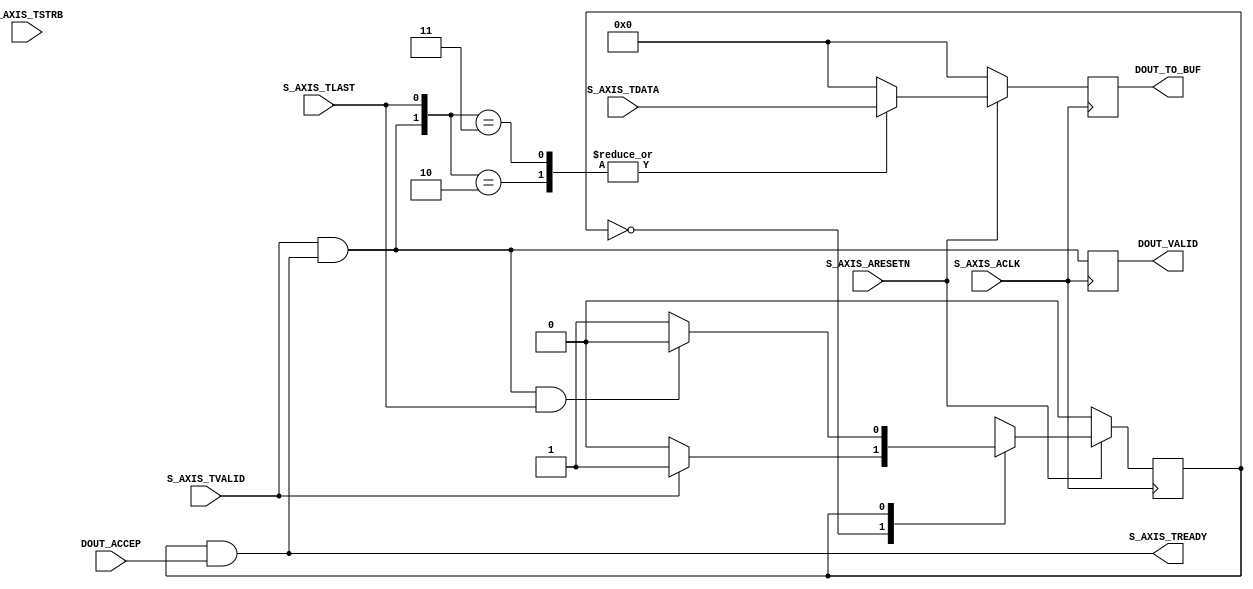
`timescale 1 ns / 1 ps
	module axis_bram_adapter_v1_0_S00_AXIS #
	(
		parameter integer C_S_AXIS_TDATA_WIDTH	= 32
	)
	(
		input wire  S_AXIS_ACLK,
		input wire  S_AXIS_ARESETN,
		output wire  S_AXIS_TREADY,
		input wire [C_S_AXIS_TDATA_WIDTH-1 : 0] S_AXIS_TDATA,
		// Byte qualifier
		input wire [(C_S_AXIS_TDATA_WIDTH/8)-1 : 0] S_AXIS_TSTRB,
		input wire  S_AXIS_TLAST,
		input wire  S_AXIS_TVALID,

        //customer IO
        output wire [C_S_AXIS_TDATA_WIDTH-1: 0] DOUT_TO_BUF,
        output wire DOUT_VALID,
        input wire DOUT_ACCEP
	);
	// Define the states of state machine
	// The control state machine oversees the writing of input streaming data to the FIFO,
	// and outputs the streaming data from the FIFO
	parameter [1:0] IDLE = 1'b0,        // This is the initial/idle state 

	                WRITE_FIFO  = 1'b1; // In this state FIFO is written with the
	                                    // input stream data S_AXIS_TDATA 
	wire axis_tready;
	// State variable
	reg mst_exec_state;  

	//reg write_done;

    reg [C_S_AXIS_TDATA_WIDTH-1: 0] dout;
    wire w_en;
    reg w_en_delay;

    assign DOUT_TO_BUF = dout;
    assign DOUT_VALID = w_en_delay;
    
	assign S_AXIS_TREADY = axis_tready;

	// Control state machine implementation
	always@(posedge S_AXIS_ACLK) 
	begin  
	  if (!S_AXIS_ARESETN) 
	    begin
	      mst_exec_state <= IDLE;
	    end  
	  else
	    case (mst_exec_state)
	      IDLE: 
	        // The sink starts accepting tdata when 
	        // there tvalid is asserted to mark the
	        // presence of valid streaming data 
	          if (S_AXIS_TVALID)
	            begin
	              mst_exec_state <= WRITE_FIFO;
	            end
	          else
	            begin
	              mst_exec_state <= IDLE;
	            end
	      WRITE_FIFO: 
	        // When the sink has accepted all the streaming input data,
	        // the interface swiches functionality to a streaming master
	        if (w_en && S_AXIS_TLAST)
	          begin
	            mst_exec_state <= IDLE;
	          end
	        else
	          begin
	            // The sink accepts and stores tdata 
	            // into FIFO
	            mst_exec_state <= WRITE_FIFO;
	          end

	    endcase
	end

	// AXI Streaming Sink 
	assign axis_tready = ((mst_exec_state == WRITE_FIFO) && DOUT_ACCEP);
	assign w_en = S_AXIS_TVALID && axis_tready;

    always@(posedge S_AXIS_ACLK)
    begin
        w_en_delay <= w_en;
    end

	always@(posedge S_AXIS_ACLK)
	begin
	  if(!S_AXIS_ARESETN)
	    begin
	      //write_done <= 1'b0;
          dout <= 0;
	    end  
	  else
        begin
           // case(w_en)
           //     1'b0:begin
           //         dout <= 0;
           //         write_done <= 1'b0;
           //     end
           //     1'b1:begin
           //         dout <= S_AXIS_TDATA;
           //         write_done <= 1'b0;
           //     end
           // endcase
            case({w_en, S_AXIS_TLAST})
                2'b10:begin
                    dout <= S_AXIS_TDATA;
                   // write_done <= 1'b0;
                end
                2'b11:begin
                    dout <= S_AXIS_TDATA;
                    //write_done <= 1'b1;
                end
                default:begin
                    dout <= 0;
                    //write_done <= 1'b0;
                end
            endcase
        end
    end

endmodule